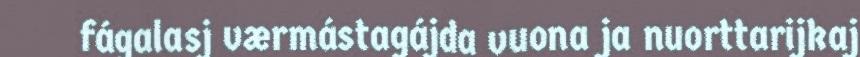
fágalasj værmástagájda vuona ja nuorttarijkaj